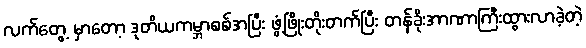
လက်တွေ့ မှာတော့ ဒုတိယကမ္ဘာစစ်အပြီး ဖွံ့ဖြိုးတိုးတက်ပြီး တန်ခိုးအာဏာကြီးထွားလာခဲ့တဲ့